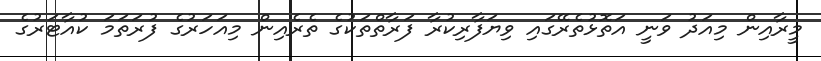
މީރާއިން މިއަދު ވަނީ އަތޮޅުތެރޭގައި ވިޔަފާރިކުރާ ފަރާތްތަކުގެ ތެރެއިން މިއަހަރުގެ ފުރަތަމަ ކުއާޓަރުގެ